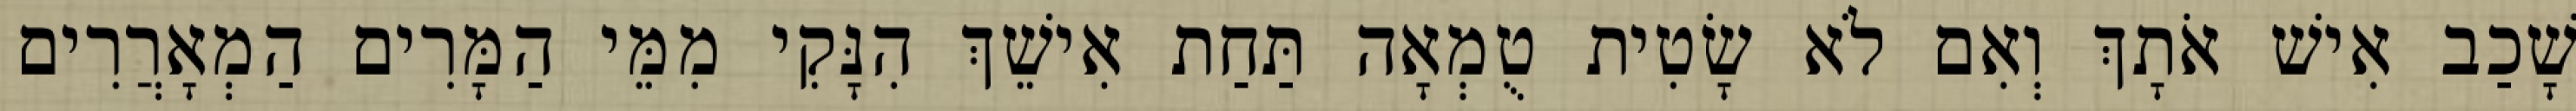
שָׁכַב אִישׁ אֹתָךְ וְאִם לֹא שָׂטִית טֻמְאָה תַּחַת אִישֵׁךְ הִנָּקִי מִמֵּי הַמָּרִים הַמְאָרֲרִים